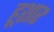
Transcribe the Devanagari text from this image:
हूशार